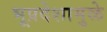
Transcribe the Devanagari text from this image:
भूप्रदेशामुळे